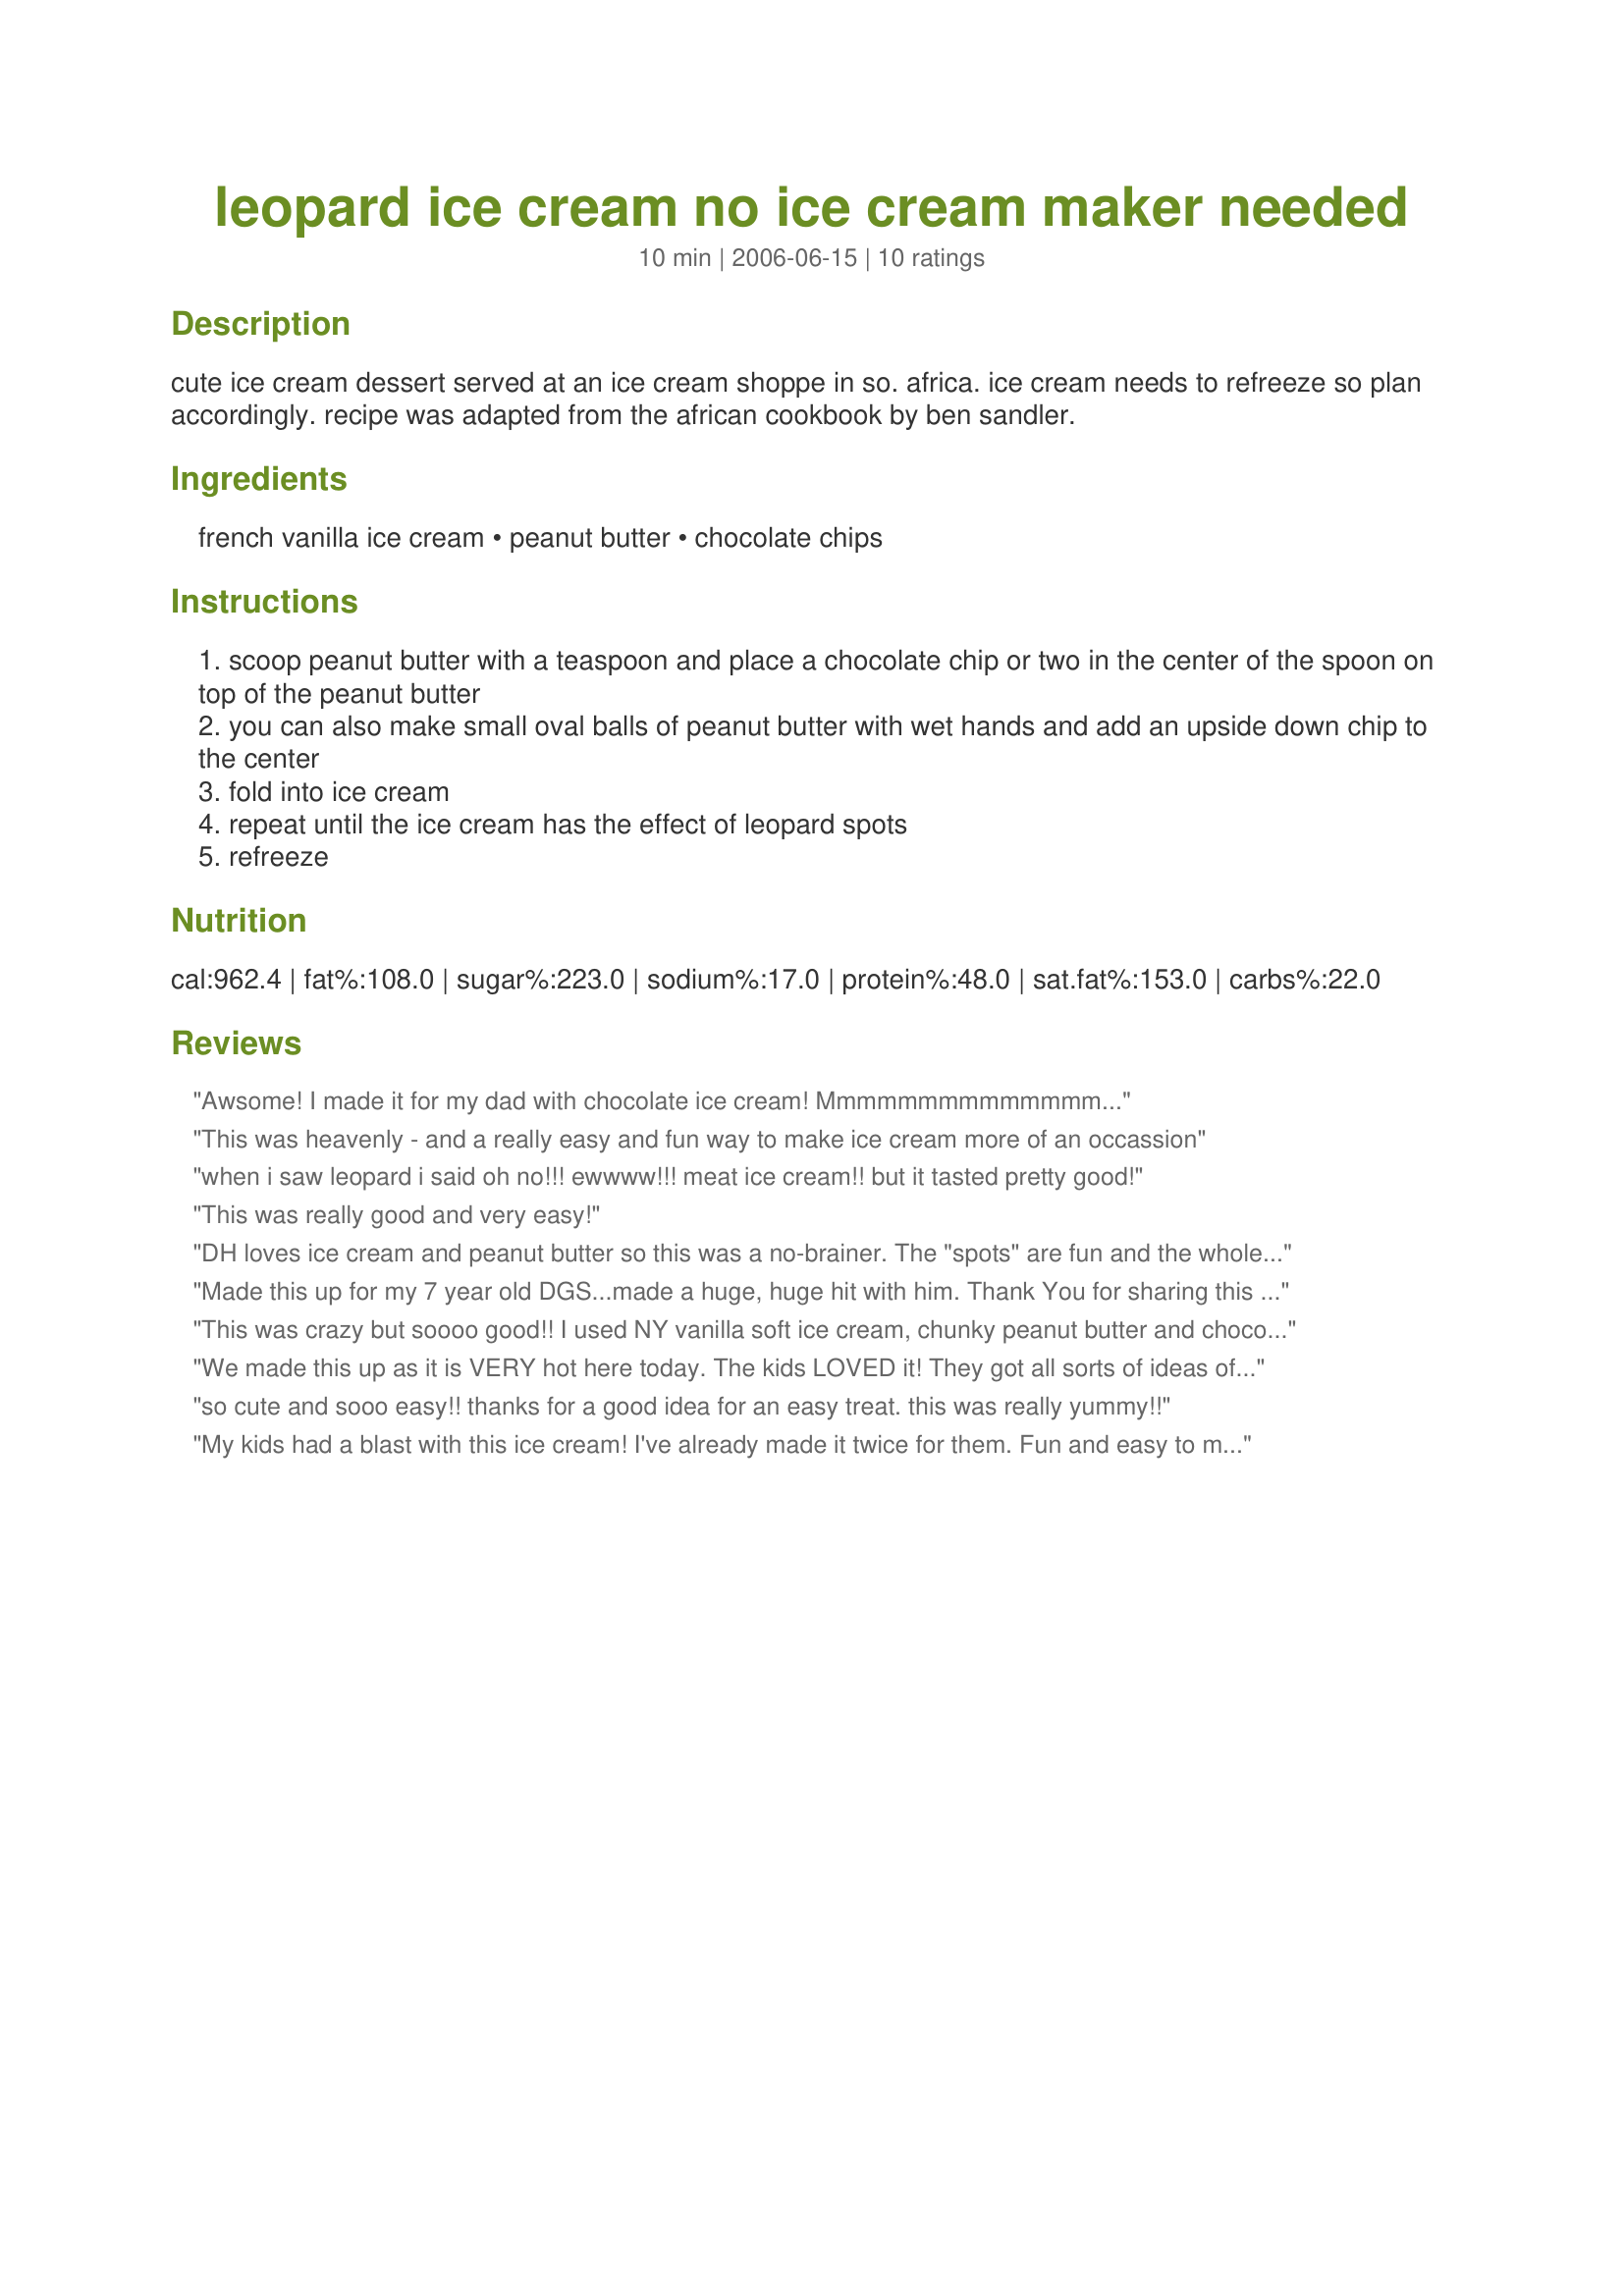
leopard ice cream no ice cream maker needed
Preparation time: 10 minutes

cute ice cream dessert served at an ice cream shoppe in so. africa. ice cream needs to refreeze so plan accordingly. recipe was adapted from the african cookbook by ben sandler.

Ingredients:
french vanilla ice cream, peanut butter, chocolate chips

Steps:
scoop peanut butter with a teaspoon and place a chocolate chip or two in the center of the spoon on top of the peanut butter
you can also make small oval balls of peanut butter with wet hands and add an upside down chip to the center
fold into ice cream
repeat until the ice cream has the effect of leopard spots
refreeze

Reviews:
Awsome! I made it for my dad with chocolate ice cream! Mmmmmmmmmmmmmm...
This was heavenly - and a really easy and fun way to make ice cream more of an occassion
when i saw leopard i said oh no!!! ewwww!!! meat ice cream!! but it tasted pretty good!
This was really good and very easy!
DH loves ice cream and peanut butter so this was a no-brainer. The "spots" are fun and the whole thing tastes great! What a fun idea for a kid's safari birthday party! Made for ZWT4 Daffy Daffodils
Made this up for my 7 year old DGS...made a huge, huge hit with him. Thank You for sharing this recipe.
This was crazy but soooo good!! I used NY vanilla soft ice cream, chunky peanut butter and chocolate chunks ..so it mixed very well. DH loves peanut butter so this went over BIG TIME!! Thanks Cheryl!
We made this up as it is VERY hot here today. The kids LOVED it! They got all sorts of ideas of what the "blobs" looked like! Have to say that they didn't think it looked very leopard like at all. lol Everyone enjoyed it though! Thanks for all the giggles!
so cute and sooo easy!! thanks for a good idea for an easy treat. this was really yummy!!
My kids had a blast with this ice cream! I've already made it twice for them. Fun and easy to make. Thanks for sharing this recipe!
